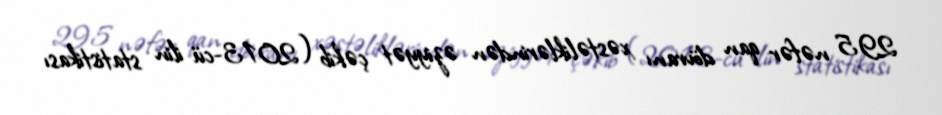
295 nəfər qan dövranı xəstəliklərindən əziyyət çəkib (2013-cü ilin statistikası